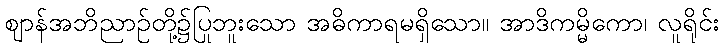
ဈာန်အဘိညာဉ်တို့၌ပြုဘူးသော အဓိကာရမရှိသော။ အာဒိကမ္မိကော၊ လူရိုင်း